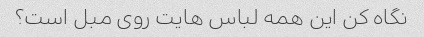
نگاه کن این همه لباس هایت روی مبل است؟